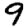
Digit: 9